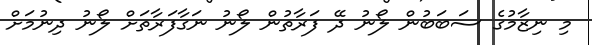
މި ނިޒާމުގެ ސަބަބުން ލޯނު ދޭ ފަރާތުން ލޯނު ނަގާފަރާތަށް ލޯނު ދިނުމަށް